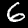
Digit: 6